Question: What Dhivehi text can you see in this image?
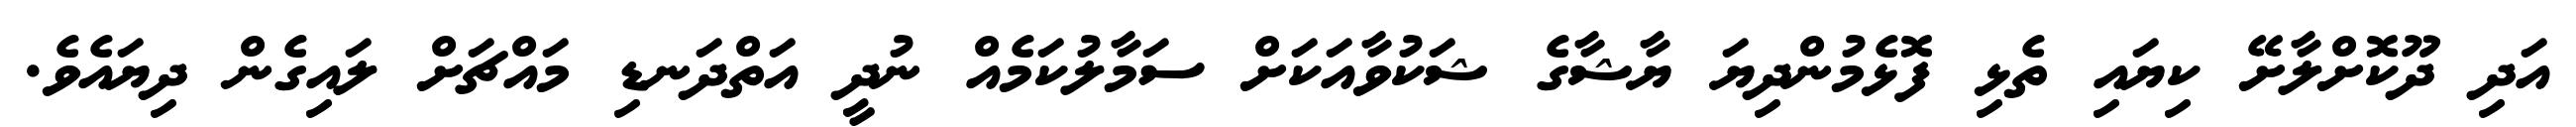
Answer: އަދި ދޫކޮށްލާށޭ ކިޔައި ތެޅި ފޮޅެމުންދިޔަ ޔާޝާގެ ޝަކުވާއަކަށް ސަމާލުކަމެއް ނުދީ އަތްދަނޑި މައްޗަށް ލައިގެން ދިޔައެވެ.